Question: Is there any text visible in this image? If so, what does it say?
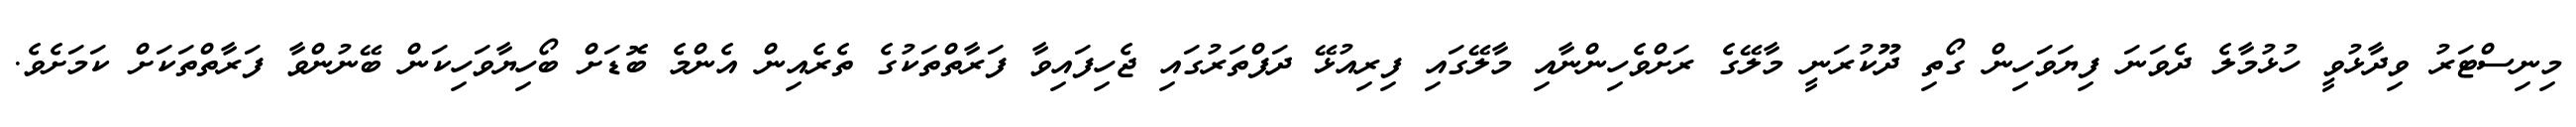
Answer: މިނިސްޓަރު ވިދާޅުވީ ހުޅުމާލެ ދެވަނަ ފިޔަވަހިން ގޯތި ދޫކުރަނީ މާލޭގެ ރަށްވެހިންނާއި މާލޭގައި ފިރިއުޅޭ ދަފްތަރުގައި ޖެހިފައިވާ ފަރާތްތަކުގެ ތެރެއިން އެންމެ ބޮޑަށް ބޯހިޔާވަހިކަން ބޭނުންވާ ފަރާތްތަކަށް ކަމަށެވެ.